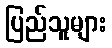
ပြည်သူများ